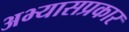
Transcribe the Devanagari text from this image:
अभ्यासप्रकार